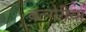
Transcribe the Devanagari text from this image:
बल्गेरीया